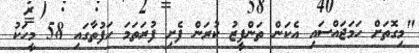
"މިގޮތަށް ހަމަޖައްސައި އެކަން ތަންފީޒު ކުރަން ފެށި ފުރަތަމަ ހަފުތާގައި 58 މީހަކު